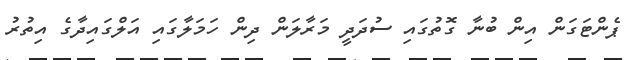
ޕެންޓަގަން އިން ބުނާ ގޮތުގައި ސުދަދީ މަރާލަން ދިން ހަމަލާގައި އަލްގައިދާގެ އިތުރު